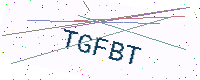
Text: TGFBT